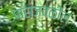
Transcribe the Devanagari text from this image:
पाराजवळील